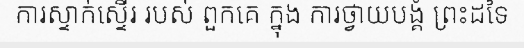
ការស្ទាក់ស្ទើរ របស់ ពួកគេ ក្នុង ការថ្វាយបង្គំ ព្រះដទៃ